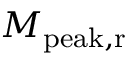
M _ { \mathrm { p e a k , r } }